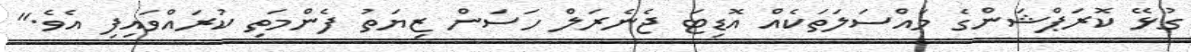
ގުޅޭ ކޮރަޕްޝަންގެ މައްސަލަތަކެއް އޮޑިޓަ ޖެނެރަލް ހަސަން ޒިޔަތު ފެންމަތި ކުރައްވައިފި އެވެ."